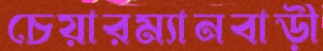
চেয়ারম্যানবাড়ী